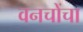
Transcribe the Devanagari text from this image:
वनचोंचा